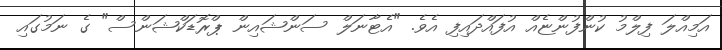
އަމިއްލަ ފިލްމު ކުންފުންޏެއް އުފައްދައިފި އެވެ. "އެޓާނަލް ސަންޝައިން ޕްރޮޑަކްޝަންސް" ގެ ނަމުގައި